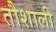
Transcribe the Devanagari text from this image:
तौशाली